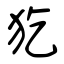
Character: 犵